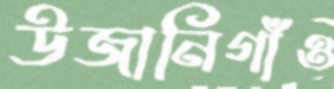
উজানিগাঁও